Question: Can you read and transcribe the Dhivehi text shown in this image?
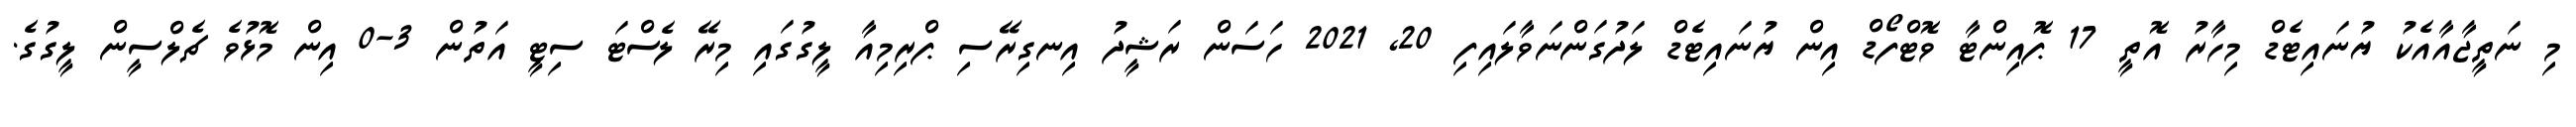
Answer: މި ނަތީޖާއާއެކު ޔުނައިޓެޑް މިހާރު އޮތީ 17 ޕޮއިންޓާ ވޮޓްފޯޑް އިން ޔުނައިޓެޑް ލަދުގަންނަވާލައިފި 20, 2021 ހަސަން ރަޝީދު އިނގިރޭސި ޕްރިމިއާ ލީގުގައި މިރޭ ލެސްޓަ ސިޓީ އަތުން 3-0 އިން މޮޅުވެ ޗެލްސީން ލީގުގެ.